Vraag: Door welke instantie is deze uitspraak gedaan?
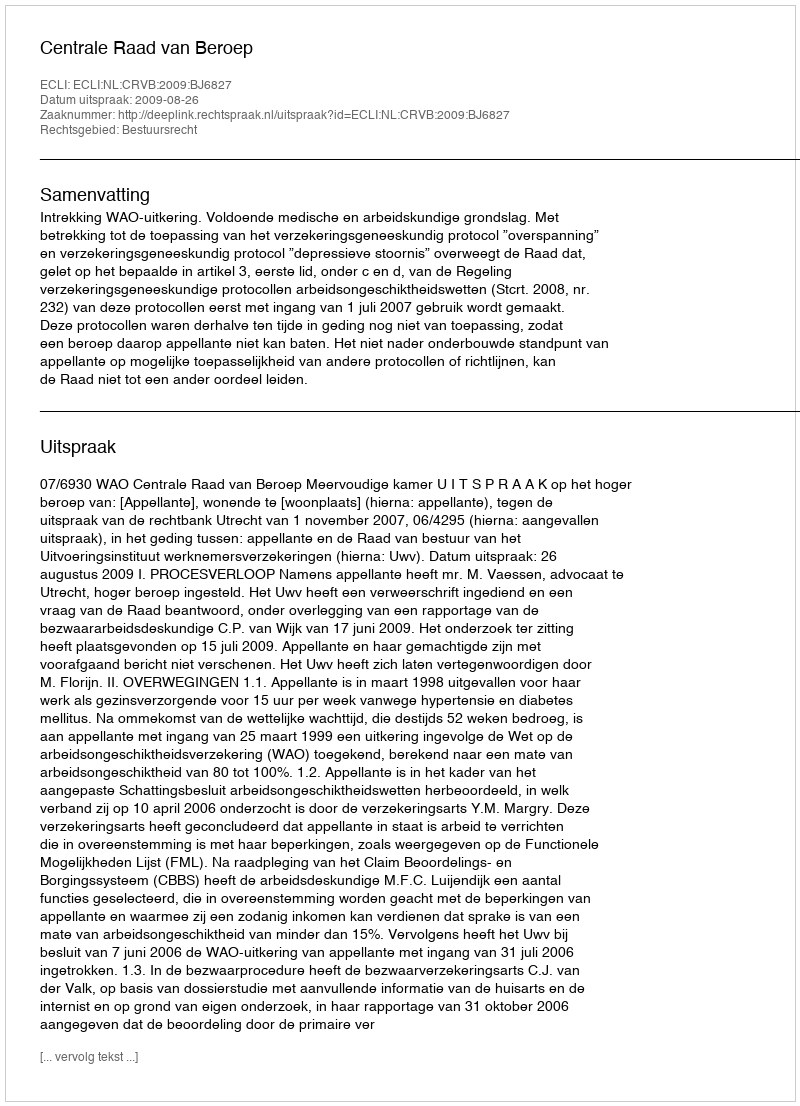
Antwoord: Centrale Raad van Beroep